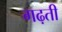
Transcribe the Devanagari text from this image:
गढ़ती